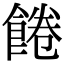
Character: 𩜇